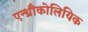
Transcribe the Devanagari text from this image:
एन्थ्रौकोलियिक